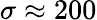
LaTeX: \sigma\approx 200